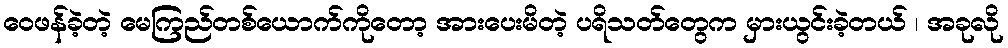
ဝေဖန်ခဲ့တဲ့ မေကြည်တစ်ယောက်ကိုတော့ အားပေးမိတဲ့ ပရိသတ်တွေက မှားယွင်းခဲ့တယ် ၊ အခုလို